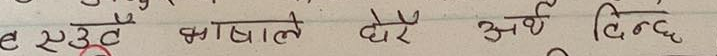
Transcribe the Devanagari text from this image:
एउटै भाषाले धेरै अर्थ दिन्छ